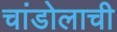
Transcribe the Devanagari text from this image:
चांडोलाची